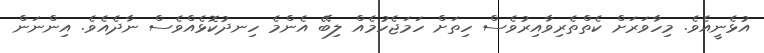
އުޅެނީއެވެ. މިހާވަރަށް ކެތްތެރިވާއިރުވެސް ހިތަށް ހަމަޖެހުމެއް ލިބޭ އެންމެ ހިނދުކޮޅެއްވެސް ނާދެއެވެ. އިންނަން